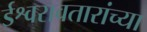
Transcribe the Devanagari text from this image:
ईश्वरावतारांच्या